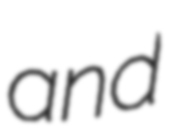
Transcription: and